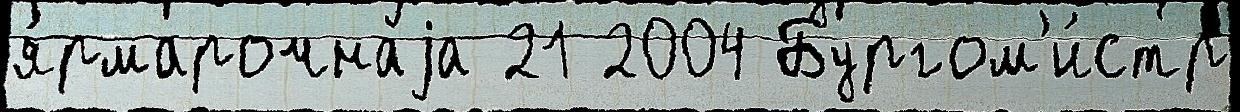
я́рмарочнаjа 21 2004 Бургом'и́стр